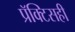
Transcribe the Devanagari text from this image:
प्रॅक्टिसही